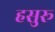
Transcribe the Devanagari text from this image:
हसुरू